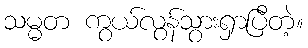
သမ္မတ ကွယ်လွန်သွားရှာပြီတဲ့။